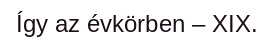
Így az évkörben – XIX.